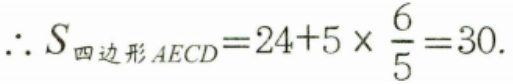
\(\therefore S_{四边形AECD}=24 + 5\times\frac{6}{5}=30.\)